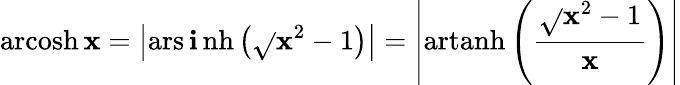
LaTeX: \operatorname{arcosh}\mathbf{x}=\left|\operatorname{ars\mathbf{i}nh}\left({\sqrt{}{{\mathbf{x}^{2}-1}}}\right)\right|=\left|\operatorname{artanh}\left({\frac{{\sqrt{}{{\mathbf{x}^{2}-1}}}}{{\mathbf{x}}}}\right)\right|